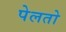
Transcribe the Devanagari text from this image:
पेलतो